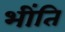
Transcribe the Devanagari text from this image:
भींति